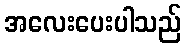
အလေးပေးပါသည်